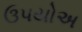
ઉપયોઅ